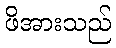
ဖိအားသည်